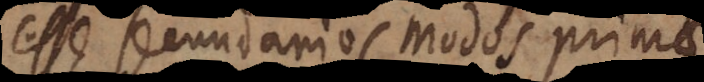
esse secundarios modos primae